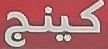
كينج